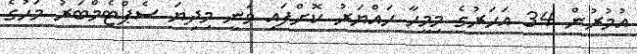
އުމުރުން 34 އަހަރުގެ މިމީހާ ހައްޔަރު ކޮށްފައި ވަނީ މިދިޔަ ސެޕްޓެމްބަރު މަހުގެ